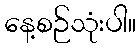
နေ့စဉ်သုံးပါ။